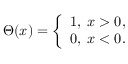
\Theta ( x ) = \left\{ \begin{array} { l l } { 1 , \; x > 0 , } \\ { 0 , \; x < 0 . } \end{array} \right.